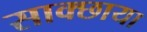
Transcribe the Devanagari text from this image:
साक्छाया